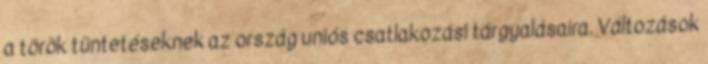
a török tüntetéseknek az ország uniós csatlakozási tárgyalásaira. Változások